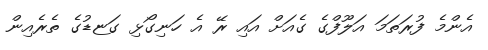
އެންމެ ފުރަތަމަ އަލޫފްގެ ގެއަށް އައި ރޭ އެ ހަނިގޯޅި ގަޏޑުގެ ތެރެއިން